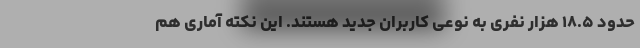
حدود ۱۸.۵ هزار نفری به نوعی کاربران جدید هستند. این نکته آماری هم